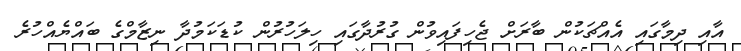
އާއި ދިމާގައި އެއްޗަކުން ބާރަށް ޖެހިފައިވުން ގުރުދާގައި ހިލަހުރުން ކުޑަކަމުދާ ނިޒާމްގެ ބައްޔެއްހުރެ